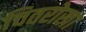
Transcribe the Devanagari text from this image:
चितरोखा